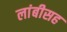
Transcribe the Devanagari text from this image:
लांबीसह